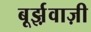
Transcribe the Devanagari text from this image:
बूर्झ़वाज़ी